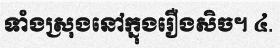
ទាំងស្រុងនៅក្នុងរឿងសិច។ ៤.